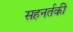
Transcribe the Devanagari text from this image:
सहनर्तकी